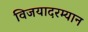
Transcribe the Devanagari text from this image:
विजयादरम्यान